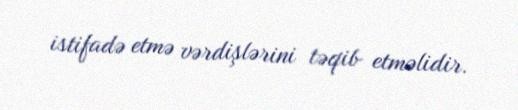
istifadə etmə vərdişlərini təqib etməlidir.